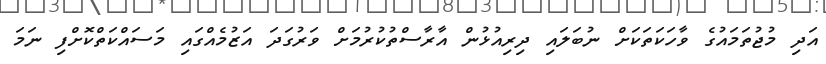
އަދި މުޖުތަމައުގެ ވާހަކަތަކަށް ނުބަލައި ދިރިއުޅުން އާރާސްތުކުރުމަށް ވަރުގަދަ އަޒުމެއްގައި މަސައްކަތްކޮށްފި ނަމަ